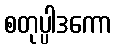
စတုပ္ပါဒကော